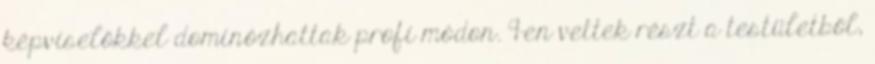
képviselőkkel dominózhattak profi módon. 9-en vettek részt a testületből,